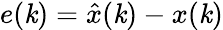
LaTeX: e(\mathit{k})={\hat{{x}}}(\mathit{k})-x(\mathit{k})